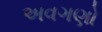
અવગણો